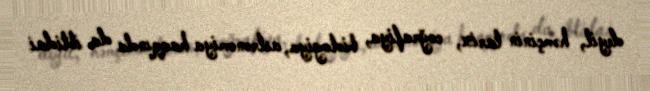
deyil, həmçinin tarix, coğrafiya, biologiya, astronomiya haqqında da ibtidai